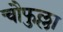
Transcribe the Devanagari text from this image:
चौफुल्ला